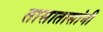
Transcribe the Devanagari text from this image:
तासातासांनी